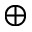
\oplus